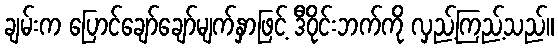
ချမ်းက ပြောင်ချော်ချော်မျက်နှာဖြင့် ဒီဝိုင်းဘက်ကို လှည့်ကြည့်သည်။